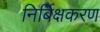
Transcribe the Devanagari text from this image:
निर्बिक्षकरण